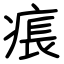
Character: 痮